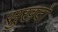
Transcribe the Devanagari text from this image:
सुखदो